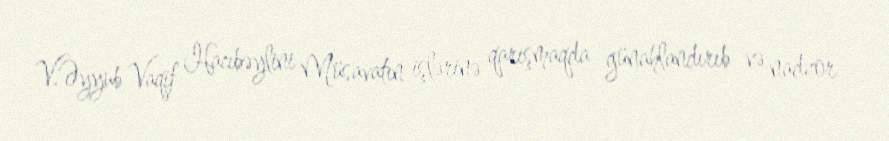
V.Əyyub Vaqif Hacıbəylini Müsavatın işlərinə qarışmaqda günahlandırıb və nadzor